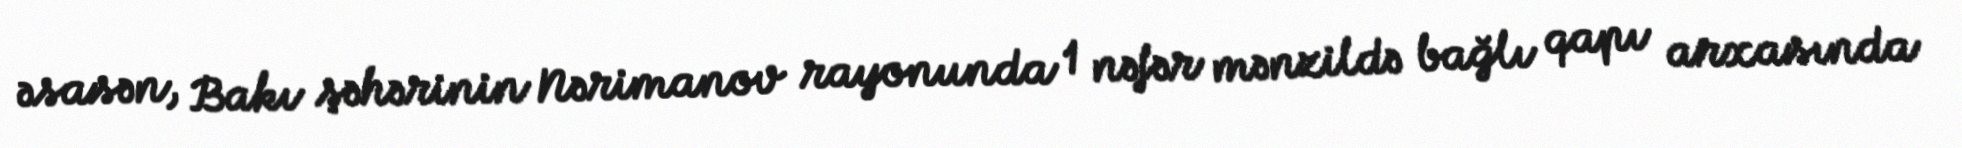
əsasən, Bakı şəhərinin Nərimanov rayonunda 1 nəfər mənzildə bağlı qapı arxasında